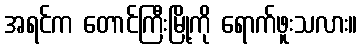
အရင်က တောင်ကြီးမြို့ကို ရောက်ဖူးသလား။